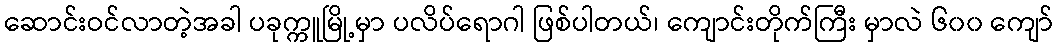
ဆောင်းဝင်လာတဲ့အခါ ပခုက္ကူမြို့မှာ ပလိပ်ရောဂါ ဖြစ်ပါတယ်၊ ကျောင်းတိုက်ကြီး မှာလဲ ၆၀၀ ကျော်